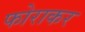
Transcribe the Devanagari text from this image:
फोराकर